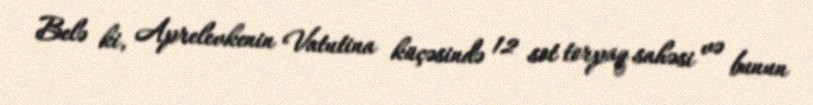
Belə ki, Aprelevkenin Vatutina küçəsində 12 sot torpaq sahəsi və bunun